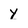
Character: Y